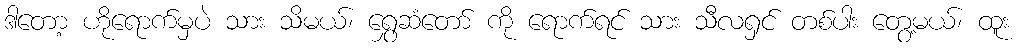
ဒါတော့ ဟိုရောက်မှပဲ သား သိမယ်၊ ရွှေဆံတော် ကို ရောက်ရင် သား သီလရှင် တစ်ပါး တွေ့မယ်၊ ထူး